Vaccination in Burma 1889-1999 - 1889-1999
Year: 1889
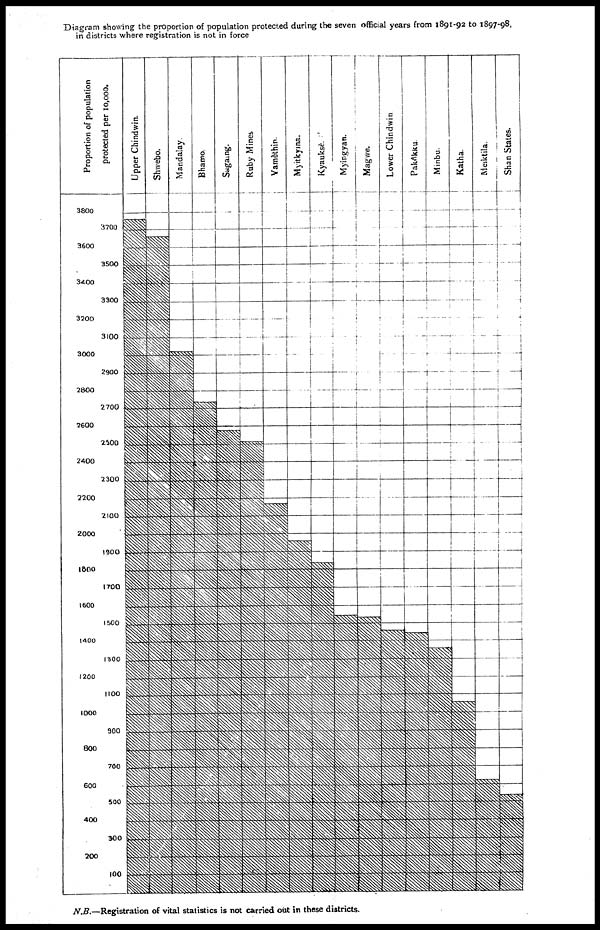
Diagram showing the proportion of population protected during the seven official years from 1891-92 to 1897-98,
in districts where registration is not in force